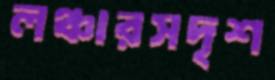
লঞ্চারসদৃশ